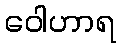
ဝေါဟာရ